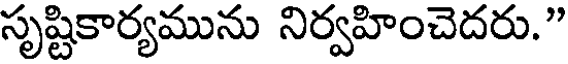
సృష్టికార్యమును నిర్వహించెదరు."